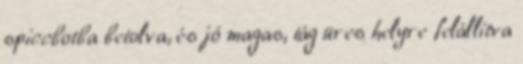
spiccbotba betolva, és jó magas, tág üres helyre felállítva